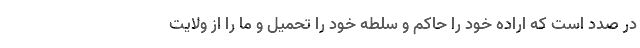
در صدد است که اراده خود را حاکم و سلطه خود را تحمیل و ما را از ولایت‌